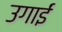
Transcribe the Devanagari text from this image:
उगाईं